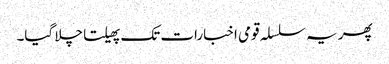
پھر یہ سلسلہ قومی اخبارات تک پھیلتا چلا گیا۔